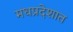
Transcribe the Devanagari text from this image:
मधप्रदेशात